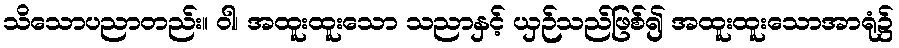
သိသောပညာတည်း။ ဝါ၊ အထူးထူးသော သညာနှင့် ယှဉ်သည်ဖြစ်၍ အထူးထူးသောအာရုံ၌